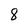
Character: 8